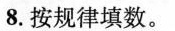
8.按规律填数。